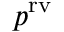
p ^ { \mathrm { r v } }